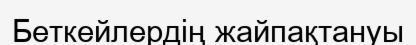
Беткейлердің жайпақтануы